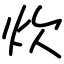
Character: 炊